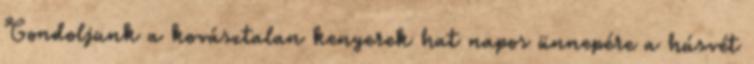
Gondoljunk a kovásztalan kenyerek hat napos ünnepére a húsvét